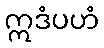
ဣဒံပဟံ